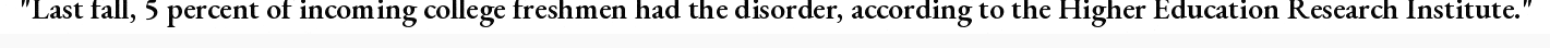
"Last fall, 5 percent of incoming college freshmen had the disorder, according to the Higher Education Research Institute."